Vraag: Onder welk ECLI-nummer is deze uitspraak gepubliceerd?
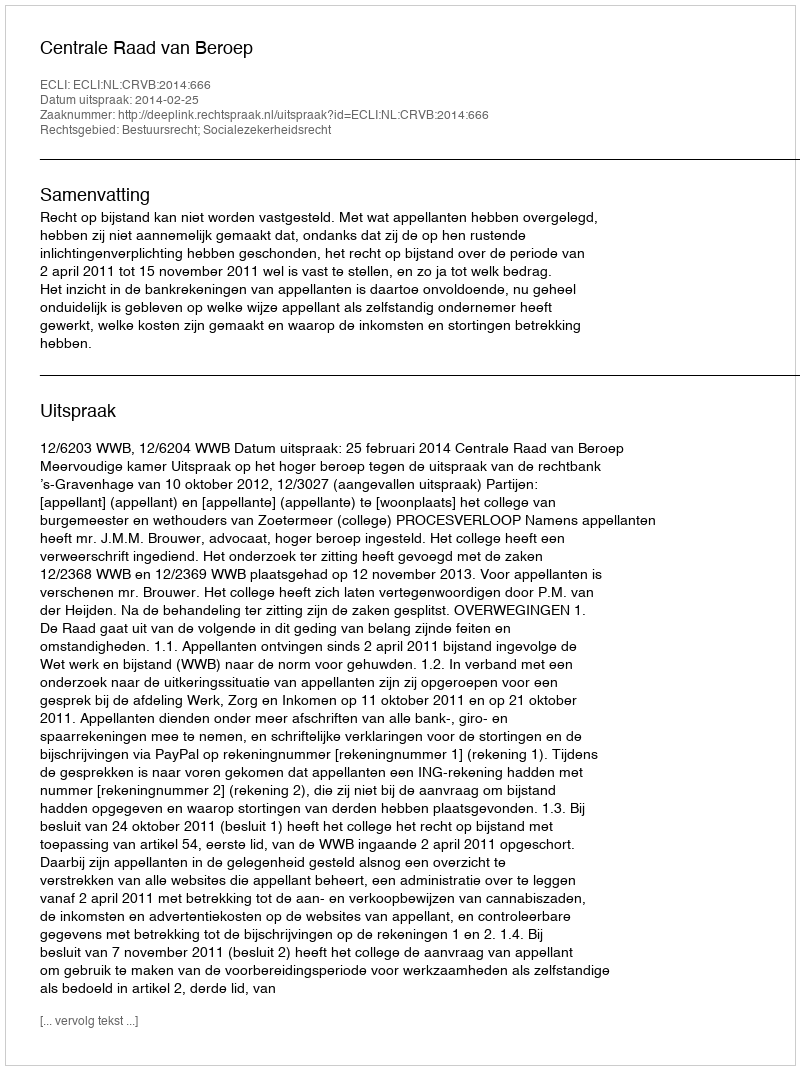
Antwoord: ECLI:NL:CRVB:2014:666